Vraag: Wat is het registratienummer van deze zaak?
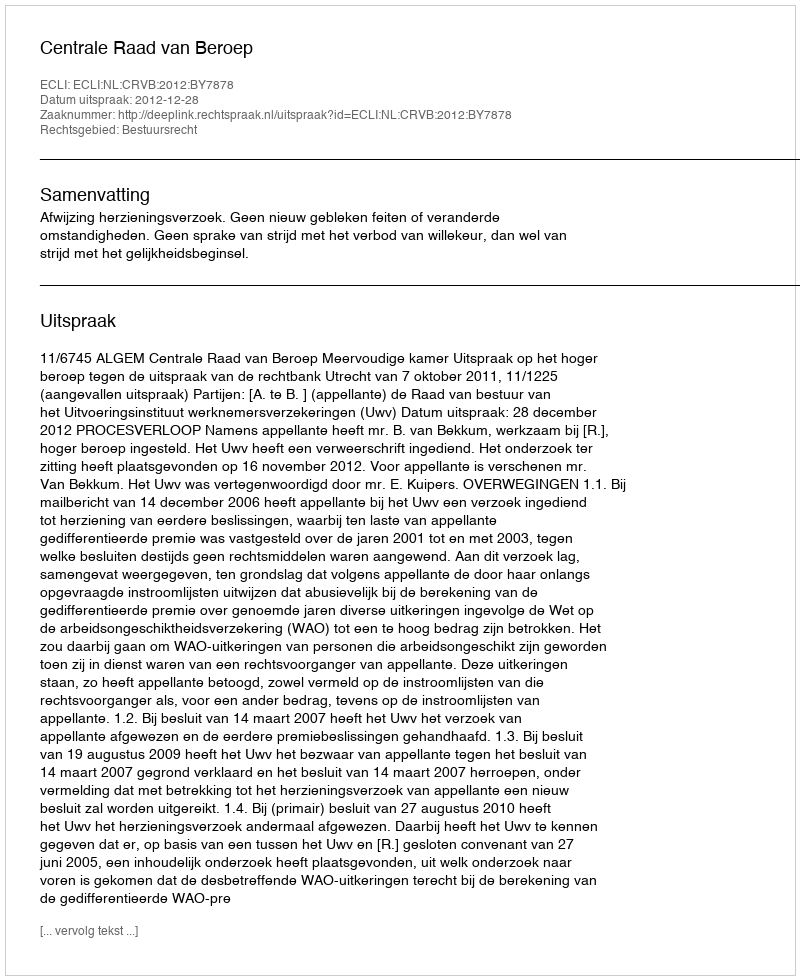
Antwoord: http://deeplink.rechtspraak.nl/uitspraak?id=ECLI:NL:CRVB:2012:BY7878